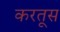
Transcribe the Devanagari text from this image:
करतूस